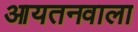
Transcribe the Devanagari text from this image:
आयतनवाला